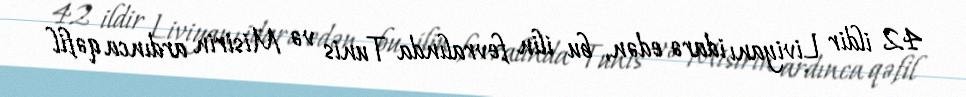
42 ildir Liviyanı idarə edən, bu ilin fevralında Tunis və Misirin ardınca qəfil